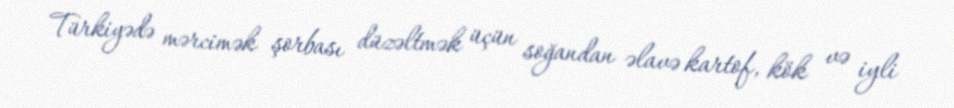
Türkiyədə mərcimək şorbası düzəltmək üçün soğandan əlavə kartof, kök və iyli